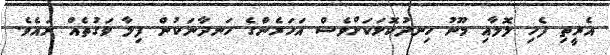
އެރީތި ފެހި ލޮލާއި މޫނު ހިނދުކޮޅަކަށްވެސް އަހަރެންގެ ހަނދާނަކުން ފިލާ ވަގުތެއް ނައެވެ.